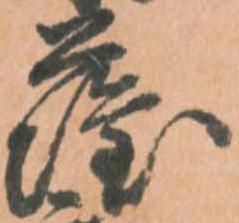
薩